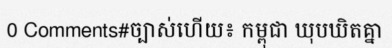
0 Comments#ច្បាស់ហើយ៖ កម្ពុជា ឃុបឃិតគ្នា